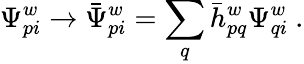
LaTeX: \Psi_{pi}^{w}\to\bar{\Psi}_{pi}^{w}=\sum_{q}\bar{h}_{pq}^{w}\Psi_{qi}^{w}~.